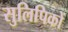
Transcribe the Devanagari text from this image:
सुलिपिकों